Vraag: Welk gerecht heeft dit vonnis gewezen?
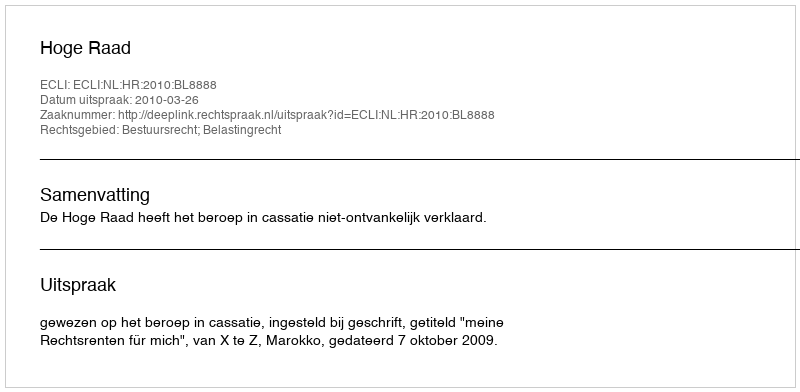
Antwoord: Hoge Raad